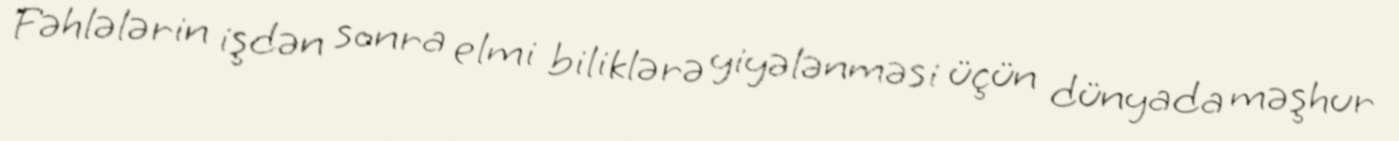
Fəhlələrin işdən sonra elmi biliklərə yiyələnməsi üçün dünyada məşhur